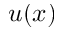
u ( x )